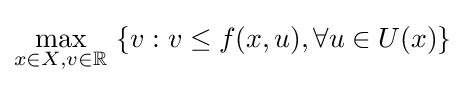
\max _{x\in X,v\in \mathbb {R} }\ \{v:v\leq f(x,u),\forall u\in U(x)\}